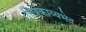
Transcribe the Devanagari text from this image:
चित्रकाव्यभेद